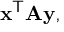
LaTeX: \mathbf { x } ^ { \mathsf { T } } \mathbf { A y } ,